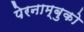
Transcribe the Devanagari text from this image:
पेरनाम्बुको